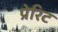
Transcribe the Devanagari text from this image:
प्रेरिट